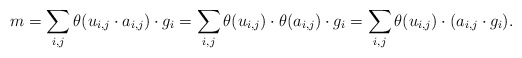
\begin{align*}m = \sum_{i,j} \theta(u_{i,j} \cdot a_{i,j}) \cdot g_i = \sum_{i,j} \theta(u_{i,j}) \cdot \theta(a_{i,j}) \cdot g_i = \sum_{i,j} \theta(u_{i,j}) \cdot (a_{i,j} \cdot g_i).\end{align*}